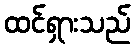
ထင်ရှားသည်